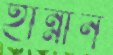
হান্নান